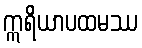
ဣရိယာပထမဿ